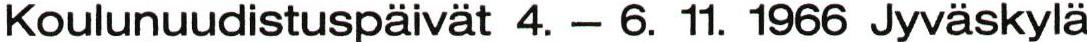
Koulunuudistuspäivät 4. - 6. 11. 1966 Jyväskylä